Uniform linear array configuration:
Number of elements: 12
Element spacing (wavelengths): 0.75
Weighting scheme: binomial
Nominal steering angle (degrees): -45
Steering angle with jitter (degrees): -43.486
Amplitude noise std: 0.05
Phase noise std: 0.05

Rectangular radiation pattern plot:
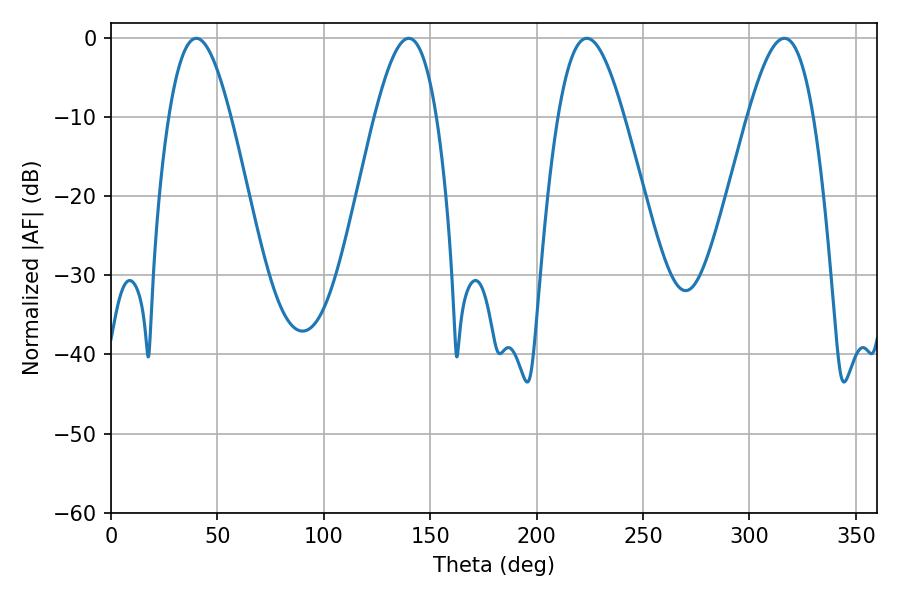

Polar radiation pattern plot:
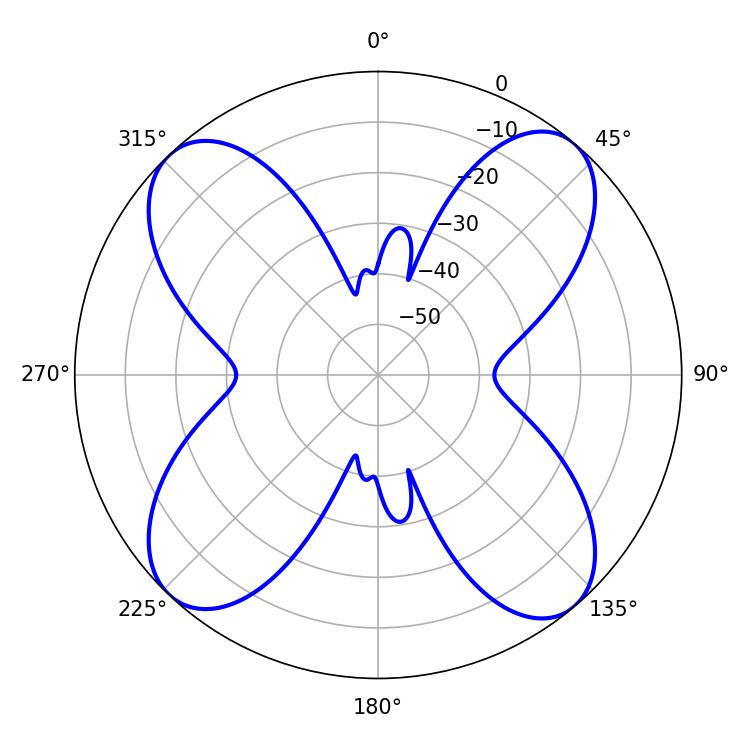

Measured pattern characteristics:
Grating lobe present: TRUE
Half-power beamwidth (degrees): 16.74
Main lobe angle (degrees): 223.56